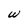
Character: w